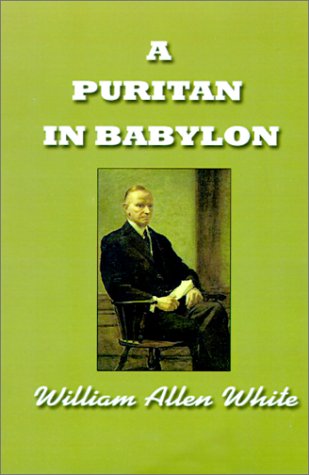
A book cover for A Puritan in Babylon, The Story of Calvin Coolidge; William Allen White; History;